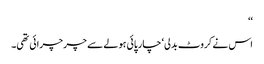
‘‘
اس نے کروٹ بدلی‘ چارپائی ہولے سے چر چرائی تھی۔